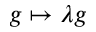
g \mapsto \lambda g